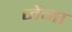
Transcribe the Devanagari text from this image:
जेंना